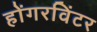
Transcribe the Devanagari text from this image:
होंगरविंटर